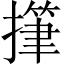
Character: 𢴩